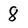
Character: 8